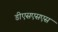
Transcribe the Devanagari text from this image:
डीएसएसएस